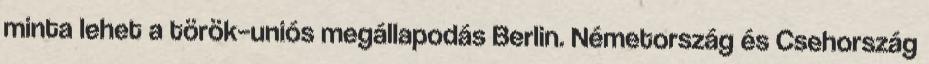
minta lehet a török–uniós megállapodás Berlin. Németország és Csehország